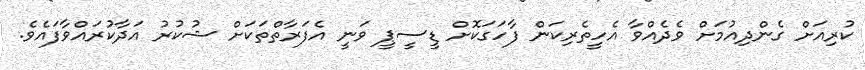
ކުރިއަށް ގެންދިއުމަށް ވެދެއްވާ އެހީތެރިކަން ފާހަގަކޮށް ޑީސީޕީ ވަނީ އެފަރާތްތަކަށް ޝުކުރު އަދާކުރައްވާފައެވެ.